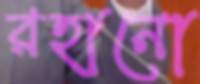
রহানো